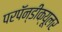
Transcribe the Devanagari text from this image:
परपॅन्डीक्यूलर